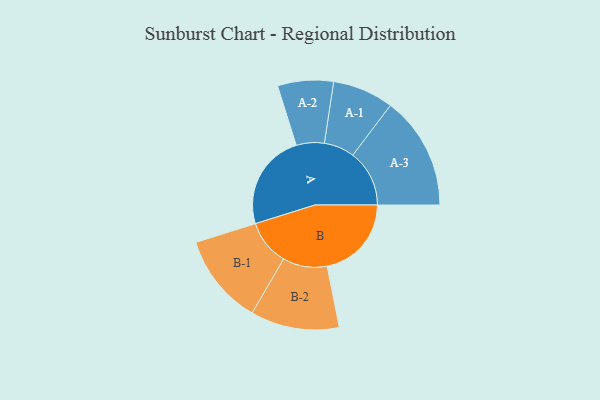
{"axis": {"x": "Segment", "y": "Value"}, "legend": ["", "A", "B"], "data": [{"x": "A", "y": 473, "type": ""}, {"x": "B", "y": 414, "type": ""}, {"x": "A-1", "y": 150, "type": "A"}, {"x": "A-2", "y": 137, "type": "A"}, {"x": "A-3", "y": 278, "type": "A"}, {"x": "B-1", "y": 223, "type": "B"}, {"x": "B-2", "y": 218, "type": "B"}]}